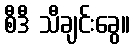
စီဒီ သီချင်းခွေ။